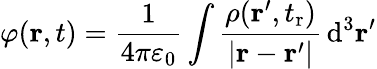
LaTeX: \varphi(\mathbf r,t)=\frac{1}{4\pi\varepsilon_{0}}\int\frac{\rho(\mathbf r^{\prime},t_{\mathrm r})}{|\mathbf r-\mathbf r^{\prime}|}\, \mathrm{d}^{3}\mathbf r^{\prime}